Lunatic asylums United Prov. 1922-30 - 1922-1930
Year: 1922
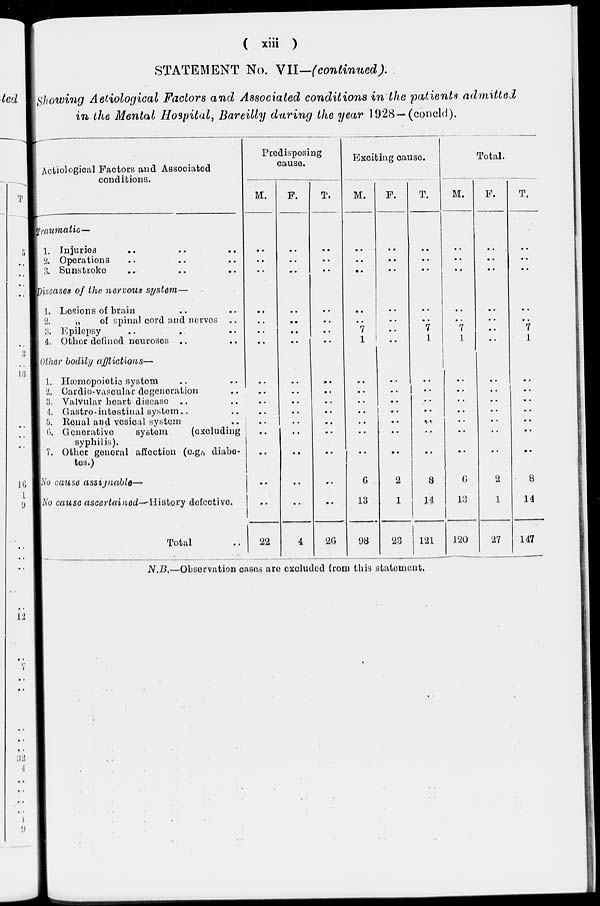
( xiii )
STATEMENT No. VII—(continued).
Showing Aeliological Factors and Associated conditions in the patients admitted
in the Mental Hospital, Bareilly during the year 1928—(concld).
Aetiological Factors and Associated
conditions.
Traumatic—
1. Injuries .. .. ..
2. Operations .. .. ..
3. Sunstroke .. .. ..
Diseases of the nervous system—
1. Lesions of brain .. ..
2.
„
of spinal cord and nerves ..
3. Epilepsy .. .. ..
4. Other defined neuroses .. ..
Other bodily afflictions—
1. Hæmopoietic system .. ..
2. Cardio-vascular degeneration ..
3. Valvular heart disease .. ..
4. Gastro-intestinal system .. ..
5. Renal and vesical system ..
6. Generative
system
(excluding
syphilis).
7. Other general affection (e.g., diabe-
tes.)
No cause assignable—
No cause ascertained—History defective.
Total ..
Predisposing
cause.
M.
..
..
..
..
..
..
..
..
..
..
..
..
..
..
..
..
22
F.
..
..
..
..
..
..
..
..
..
..
..
..
..
..
..
..
4
T.
..
..
..
..
..
..
..
..
..
..
..
..
..
..
..
..
26
Exciting cause.
M.
..
..
..
..
..
7
1
..
..
..
..
..
..
..
6
13
98
F.
..
..
..
..
..
..
..
..
..
..
..
..
..
..
2
1
23
T.
..
..
..
..
..
7
1
..
..
..
..
..
..
..
8
14
121
Total.
M.
..
..
..
..
..
7
1
..
..
..
..
..
..
..
6
13
120
F.
..
..
..
..
..
..
..
..
..
..
..
..
..
..
2
1
27
T.
..
..
..
..
..
7
1
..
..
..
..
..
..
..
8
14
147
N.B.—Observation cases are excluded from this statement.